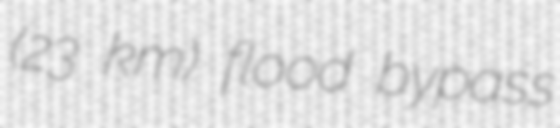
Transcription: (23 km) flood bypass